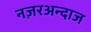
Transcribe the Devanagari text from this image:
नज़रअन्दाज